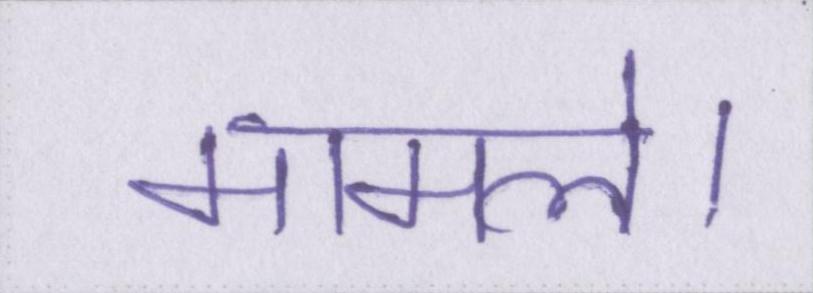
मामले।